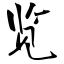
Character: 览